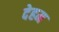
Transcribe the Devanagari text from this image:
देहम